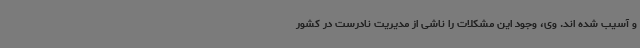
و آسیب شده اند. وی، وجود این مشکلات را ناشی از مدیریت نادرست در کشور